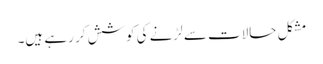
مشکل حالات سے لڑنے کی کوشش کر رہے ہیں۔